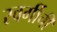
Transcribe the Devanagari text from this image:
स्वर्गीची